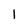
Character: 1